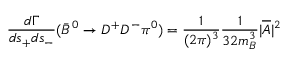
\frac { d \Gamma } { d s _ { + } d s _ { - } } ( { \bar { B } } ^ { 0 } \to D ^ { + } D ^ { - } \pi ^ { 0 } ) = { \frac { 1 } { ( 2 \pi ) ^ { 3 } } } { \frac { 1 } { 3 2 m _ { B } ^ { 3 } } } | { \overline { { { \cal A } } } } | ^ { 2 }